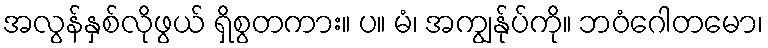
အလွန်နှစ်လိုဖွယ် ရှိစွတကား။ ပ။ မံ၊ အကျွန်ုပ်ကို။ ဘဝံဂေါတမော၊